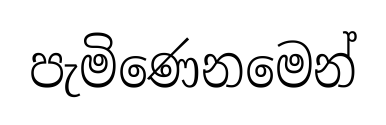
පැමිණෙනමෙන්